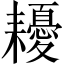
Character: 耰